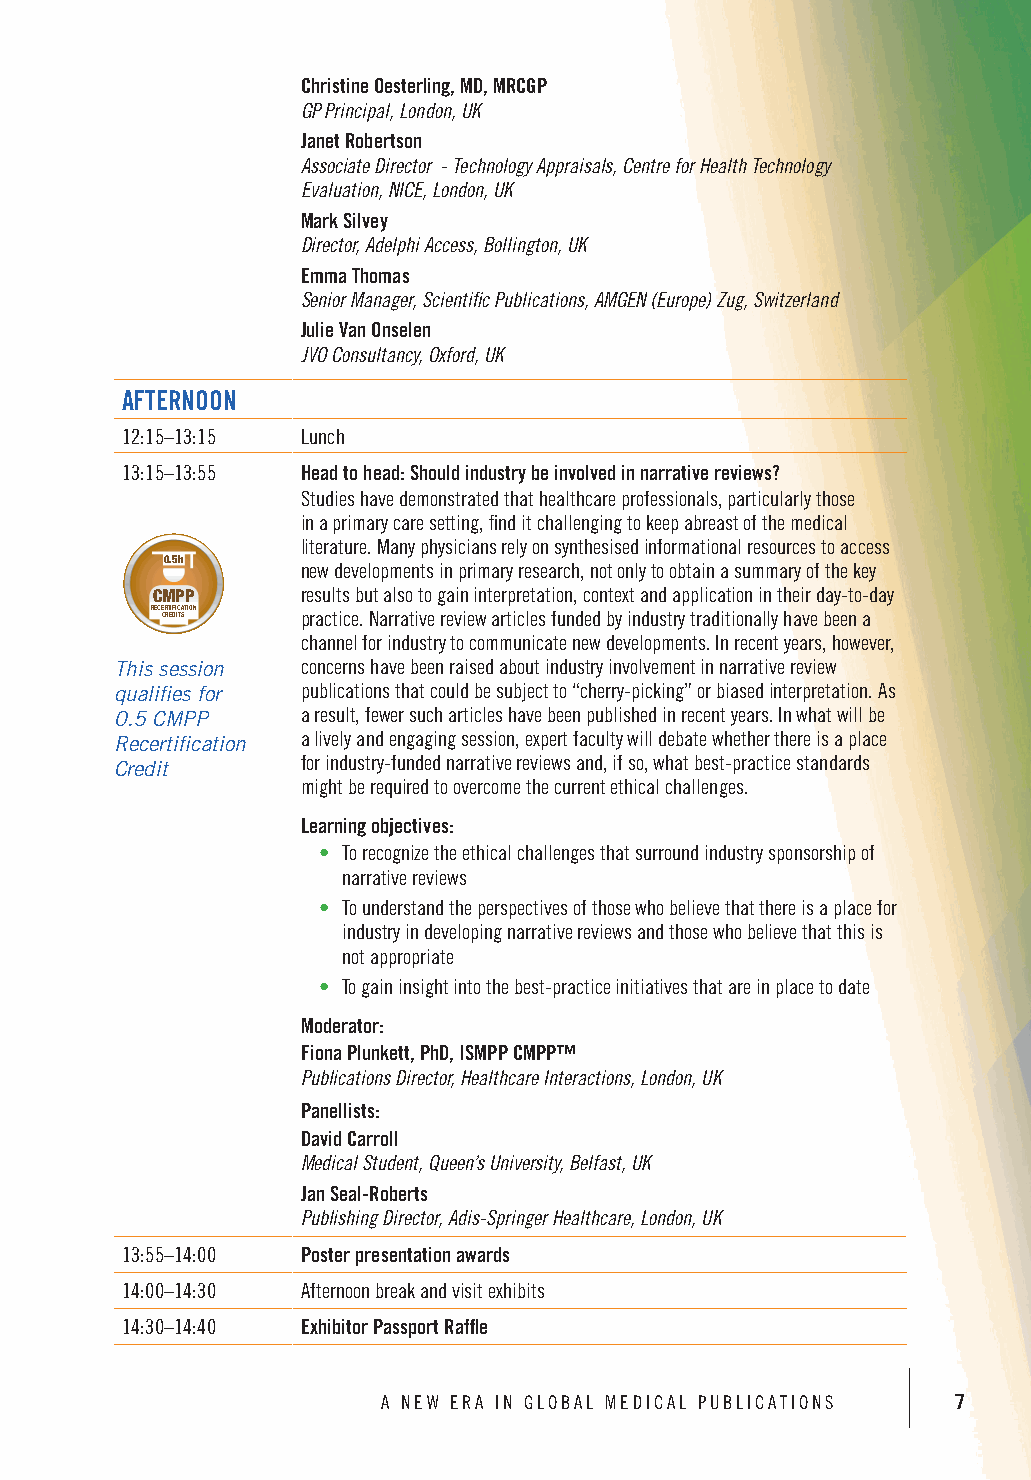
Christine Oesterling, MD, MRCGP
 GP Principal, London, UK
 Janet Robertson
 Associate Director - Technology Appraisals, Centre for Health Technology
 Evaluation, NICE, London, UK
 Mark Silvey
 Director, Adelphi Access, Bollington, UK
 Emma Thomas
 Senior Manager, Scientific Publications, AMGEN (Europe) Zug, Switzerland
 Julie Van Onselen
 JVO Consultancy, Oxford, UK
 AFTERNOON
 12:15–13:15 Lunch
 13:15–13:55 Head to head: Should industry be involved in narrative reviews?
 Studies have demonstrated that healthcare professionals, particularly those
 in a primary care setting, find it challenging to keep abreast of the medical
 literature. Many physicians rely on synthesised informational resources to access
 1h     0.5h     3h
 new developments in primary research, not only to obtain a summary of the key
 CMPP    CMPP    CMPrePsults but also to gain interpretation, context and application in their day-to-day
 RECE CR RT EIF DI IC TA STION RECE CR RT EIF DI IC TA STION RECE CR RT EIF DI IC TpA STIrONactice. Narrative review articles funded by industry traditionally have been a
 channel for industry to communicate new developments. In recent years, however,
 This session concerns have been raised about industry involvement in narrative review
 qualifies for publications that could be subject to “cherry-picking” or biased interpretation. As
 0.5 CMPP    a result, fewer such articles have been published in recent years. In what will be
 a lively and engaging session, expert faculty will debate whether there is a place
 Recertification
 for industry-funded narrative reviews and, if so, what best-practice standards
 Credit
 might be required to overcome the current ethical challenges.
 Learning objectives:
 • To recognize the ethical challenges that surround industry sponsorship of
 narrative reviews
 • To understand the perspectives of those who believe that there is a place for
 industry in developing narrative reviews and those who believe that this is
 not appropriate
 • To gain insight into the best-practice initiatives that are in place to date
 Moderator:
 Fiona Plunkett, PhD, ISMPP CMPP™
 Publications Director, Healthcare Interactions, London, UK
 Panellists:
 David Carroll
 Medical Student, Queen’s University, Belfast, UK
 Jan Seal-Roberts
 Publishing Director, Adis-Springer Healthcare, London, UK
 13:55–14:00 Poster presentation awards
 14:00–14:30 Afternoon break and visit exhibits
 14:30–14:40 Exhibitor Passport Raffle
 A NEW ERA IN GLOBAL MEDICAL PUBLICATIONS 7